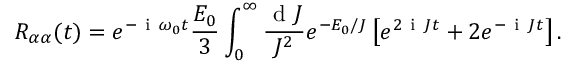
R _ { \alpha \alpha } ( t ) = e ^ { - \ensuremath { \mathrm { ~ i ~ } } \omega _ { 0 } t } \frac { E _ { 0 } } { 3 } \int _ { 0 } ^ { \infty } \frac { \ensuremath { \mathrm { ~ d ~ } } J } { J ^ { 2 } } e ^ { - E _ { 0 } / J } \left[ e ^ { 2 \ensuremath { \mathrm { ~ i ~ } } J t } + 2 e ^ { - \ensuremath { \mathrm { ~ i ~ } } J t } \right] .